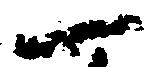
一